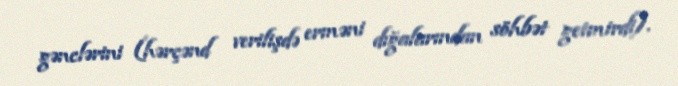
gənclərini (hərçənd verilişdə erməni dığalarından söhbət getmirdi).